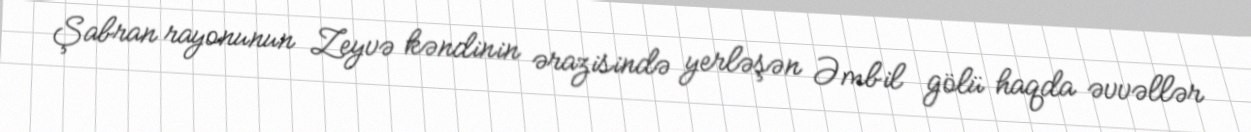
Şabran rayonunun Zeyvə kəndinin ərazisində yerləşən Əmbil gölü haqda əvvəllər